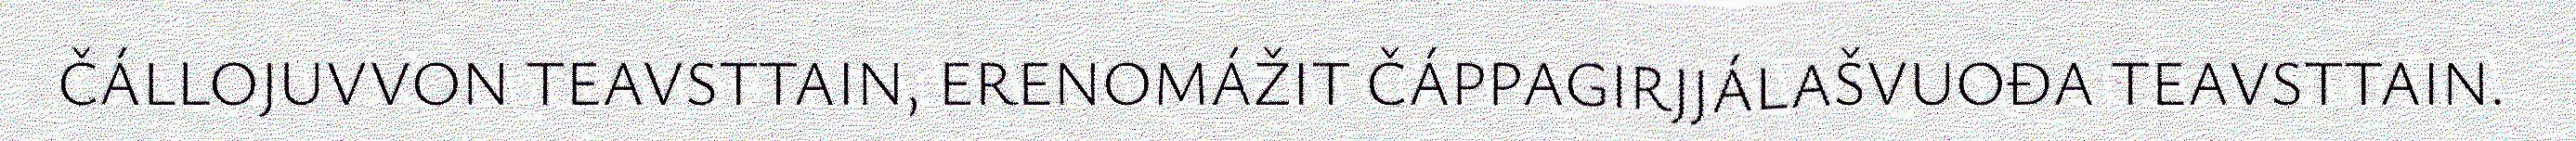
ČÁLLOJUVVON TEAVSTTAIN, ERENOMÁŽIT ČÁPPAGIRJJÁLAŠVUOĐA TEAVSTTAIN.